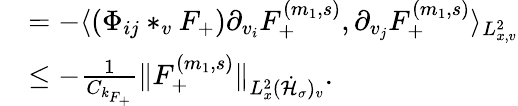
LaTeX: \begin{array}{rl}&{=-\langle(\Phi_{ij}*_{v}F_{+})\partial_{v_{i}}F_{+}^{(m_{1},s)},\partial_{v_{j}}F_{+}^{(m_{1},s)}\rangle_{L_{x,v}^{2}}}\\ &{\leq-\frac{1}{C_{k_{F_{+}}}}\| F_{+}^{(m_{1},s)}\| _{L_{x}^{2}(\dot{\mathcal H}_{\sigma})_{v}}.}\end{array}